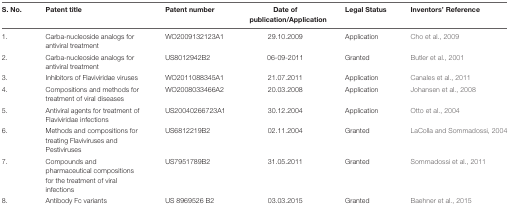
<table><thead><tr><td><b>S. No.</b></td><td><b>Patent title</b></td><td><b>Patent number</b></td><td><b>Date of publication/Application</b></td><td><b>Legal Status</b></td><td><b>Inventors’ Reference</b></td></tr></thead><tbody><tr><td>1.</td><td>Carba-nucleoside analogs for antiviral treatment</td><td>WO2009132123A1</td><td>29.10.2009</td><td>Application</td><td>Cho et al., 2009</td></tr><tr><td>2.</td><td>Carba-nucleoside analogs for antiviral treatment</td><td>US8012942B2</td><td>06-09-2011</td><td>Granted</td><td>Butler et al., 2001</td></tr><tr><td>3.</td><td>Inhibitors of Flaviviridae viruses</td><td>WO2011088345A1</td><td>21.07.2011</td><td>Application</td><td>Canales et al., 2011</td></tr><tr><td>4.</td><td>Compositions and methods for treatment of viral diseases</td><td>WO2008033466A2</td><td>20.03.2008</td><td>Application</td><td>Johansen et al., 2008</td></tr><tr><td>5.</td><td>Antiviral agents for treatment of Flaviviridae infections</td><td>US20040266723A1</td><td>30.12.2004</td><td>Application</td><td>Otto et al., 2004</td></tr><tr><td>6.</td><td>Methods and compositions for treating Flaviviruses and Pestiviruses</td><td>US6812219B2</td><td>02.11.2004</td><td>Granted</td><td>LaColla and Sommadossi, 2004</td></tr><tr><td>7.</td><td>Compounds and pharmaceutical compositions for the treatment of viral infections</td><td>US7951789B2</td><td>31.05.2011</td><td>Granted</td><td>Sommadossi et al., 2011</td></tr><tr><td>8.</td><td>Antibody Fc variants</td><td>US 8969526 B2</td><td>03.03.2015</td><td>Granted</td><td>Baehner et al., 2015</td></tr></tbody></table>